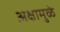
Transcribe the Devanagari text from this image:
अक्षामुळे